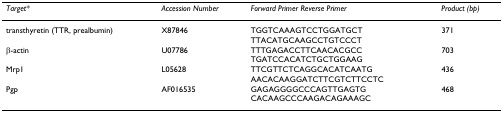
<table><thead><tr><td><b><i>Target*</i></b></td><td><b><i>Accession Number</i></b></td><td><b><i>Forward Primer Reverse Primer</i></b></td><td><b><i>Product (bp)</i></b></td></tr></thead><tbody><tr><td>transthyretin (TTR, prealbumin)</td><td>X87846</td><td>TGGTCAAAGTCCTGGATGCTTTACATGCAAGCCTGTCCCT</td><td>371</td></tr><tr><td>β-actin</td><td>U07786</td><td>TTTGAGACCTTCAACACGCCTGATCCACATCTGCTGGAAG</td><td>703</td></tr><tr><td>Mrp1</td><td>L05628</td><td>TTCGTTCTCAGGCACATCAATGAACACAAGGATCTTCGTCTTCCTC</td><td>436</td></tr><tr><td>Pgp</td><td>AF016535</td><td>GAGAGGGGCCCAGTTGAGTGCACAAGCCCAAGACAGAAAGC</td><td>468</td></tr></tbody></table>